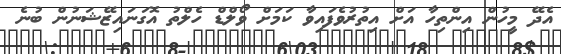
އެދޭ މީހުން އިންތިހާ އަށް އިތުރުވެފައިވާ ކަމަށް ވޯލްޑް ހެލްތު އޮގަނައިޒޭޝަނުން ބުނެ